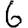
Digit: 6